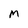
Character: M